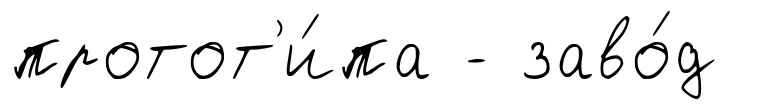
протот'и́па - заво́д